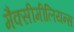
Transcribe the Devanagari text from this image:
मैक्सीमीलियन्स